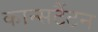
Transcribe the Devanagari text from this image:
कान्सटैंटन